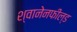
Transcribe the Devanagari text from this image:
श्वानेनफील्ड